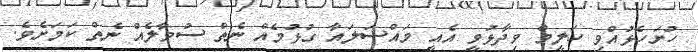
ހުށަހެޅުއްވި ހަލީމް ވިދާޅުވީ އެއީ މައްސަލައާ ގުޅުމެއް ނެތް ސުވާލެއް ނެތް ކަމަށެވެ.